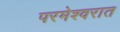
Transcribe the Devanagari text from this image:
परमेश्वरात